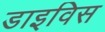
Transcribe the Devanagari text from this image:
डाइविस